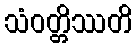
သံဝတ္တိဿတိ